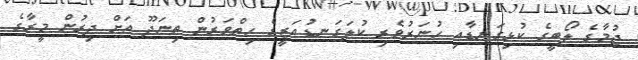
ޖުމާގެ ލޯބީގެ ކުޅިގަނޑާއި ހުނަރުވެރި ކުލަގަނޑުއަޒީގެ ހިތްވަރުން ތިނަދޫ އަށް ދިރުން މީރާގެ